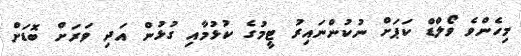
މިހެންވެ ވޯލްޑް ކަޕަށް ނުކުންނައިރު ޓީމުގެ ކުޅުމާއި ގުޅުން އަދި ވަރަށް ބޮޑަށް